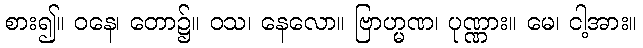
စား၍။ ဝနေ၊ တော၌။ ဝသ၊ နေလော။ ဗြာဟ္မဏ၊ ပုဏ္ဏား။ မေ၊ ငါ့အား။